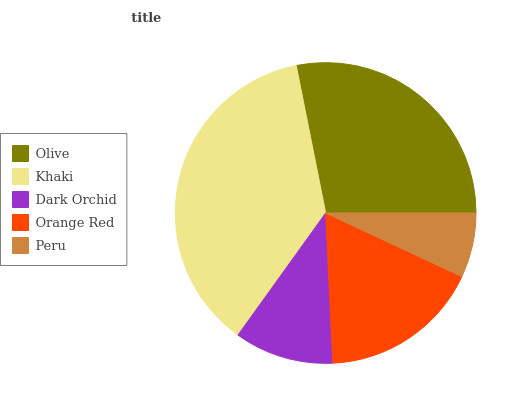
| Olive | Khaki | Dark Orchid | Orange Red | Peru |
 | --- | --- | --- | --- | --- |
 | 28.1% | 36.9% | 10.7% | 17.3% | 6.95% |